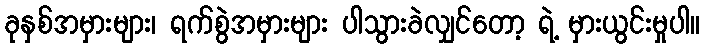
ခုနှစ်အမှားများ၊ ရက်စွဲအမှားများ ပါသွားခဲလျှင်တော့ ရဲ့ မှားယွင်းမှုပါ။